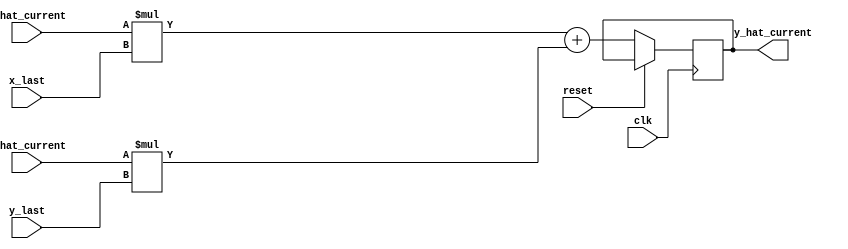
module feedForward (
    input wire clk,
    input wire reset,
    input wire signed [7:0] x_last,
    input wire signed [7:0] y_last,
    input wire signed [7:0] a_hat_current,
    input wire signed [7:0] b_hat_current,

    output reg signed [7:0] y_hat_current
);

always @(posedge clk ) begin
    if (!reset)
        y_hat_current <= a_hat_current*x_last + b_hat_current*y_last;
end


    
endmodule